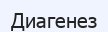
Диагенез